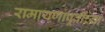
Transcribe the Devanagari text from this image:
रामायणापूर्वीच्या